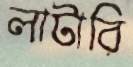
লাটারি